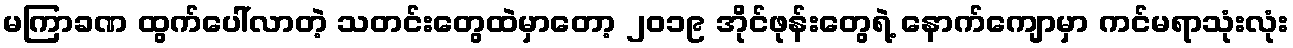
မကြာခဏ ထွက်ပေါ်လာတဲ့ သတင်းတွေထဲမှာတော့ ၂၀၁၉ အိုင်ဖုန်းတွေရဲ့ နောက်ကျောမှာ ကင်မရာသုံးလုံး